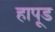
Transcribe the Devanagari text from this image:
हापूड